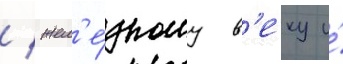
/ жел'е́зному в'еку и́